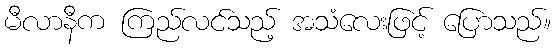
မီလာနီက ကြည်လင်သည့် အသံလေးဖြင့် ပြောသည်။